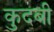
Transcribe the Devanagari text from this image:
कुदबी